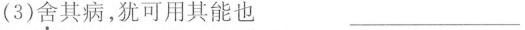
(3)\underset{·}{舍}其病，犹可用其能也 ___